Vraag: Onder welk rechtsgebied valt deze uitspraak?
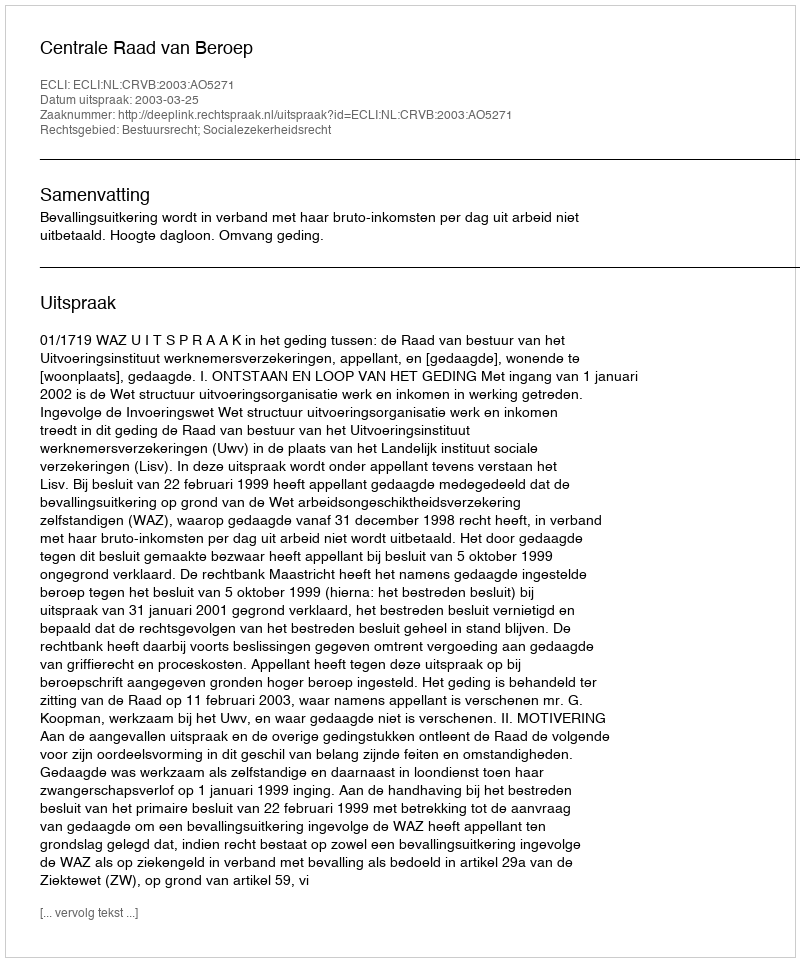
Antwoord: Bestuursrecht; Socialezekerheidsrecht